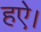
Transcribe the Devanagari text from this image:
हऐ।